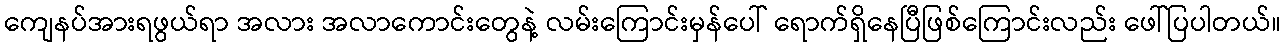
ကျေနပ်အားရဖွယ်ရာ အလား အလာကောင်းတွေနဲ့ လမ်းကြောင်းမှန်ပေါ် ရောက်ရှိနေပြီဖြစ်ကြောင်းလည်း ဖေါ်ပြပါတယ်။